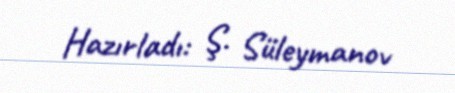
Hazırladı: Ş. Süleymanov